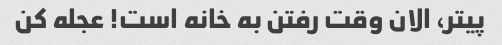
پیتر، الان وقت رفتن به خانه است! عجله کن